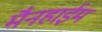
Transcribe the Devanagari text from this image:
मैनहाईम